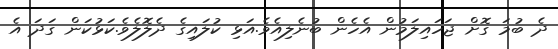
ދެ ބުމަ ގޮށް ޖަހައިލަމުން އެހެން ބުނެލިއެވެ.އަޅި ކުލައިގެ ދެލޮލެވެ.ކަޅުކަން ގަދަ އެ